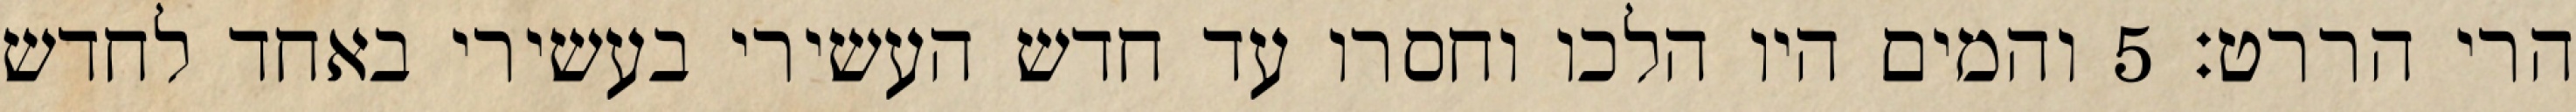
הרי הררט׃ ‎5‏ והמים היו הלכו וחסרו עד חדש העשירי בעשירי באחד לחדש